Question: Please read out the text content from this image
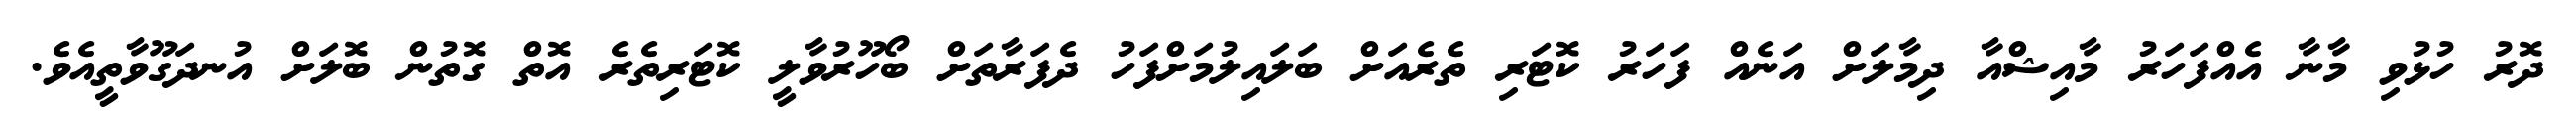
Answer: ދޮރު ހުޅުވި މާނާ އެއްފަހަރު މާއިޝްއާ ދިމާލަށް އަނެއް ފަހަރު ކޮޓަރި ތެރެއަށް ބަލައިލުމަށްފަހު ދެފަރާތަށް ބޯހޫރުވާލީ ކޮޓަރިތެރެ އޮތް ގޮތުން ބޮލަށް އުނދަގޫވާތީއެވެ.